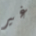
غير